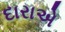
દારાએ